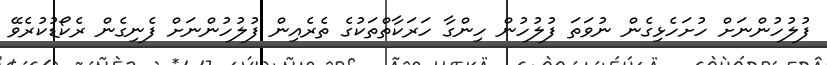
ފުލުހުންނަށް ހުށަހެޅިގެން ނުވަތަ ފުލުހުން ހިންގާ ހަރަކާތްތަކުގެ ތެރެއިން ފުލުހުންނަށް ފެނިގެން ރެކޯޑުކުރެވޭ